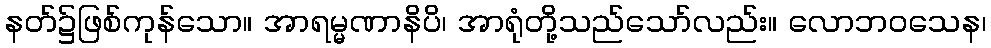
နတ်၌ဖြစ်ကုန်သော။ အာရမ္မဏာနိပိ၊ အာရုံတို့သည်သော်လည်း။ လောဘဝသေန၊